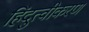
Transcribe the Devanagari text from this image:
हिंदुत्वीकरण